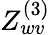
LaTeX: Z_{wv}^{(3)}